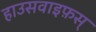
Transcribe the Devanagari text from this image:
हाउसवाइफ़स्